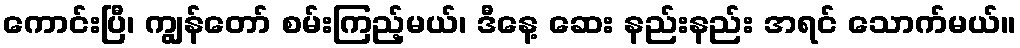
ကောင်းပြီ၊ ကျွန်တော် စမ်းကြည့်မယ်၊ ဒီနေ့ ဆေး နည်းနည်း အရင် သောက်မယ်။